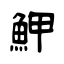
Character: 魻